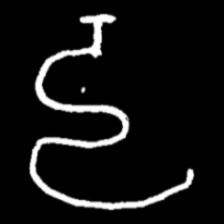
Pyu character \u2014 Myanmar letter: ဠ (romanized: lla)